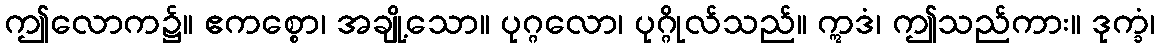
ဤလောက၌။ ဧကစ္စော၊ အချို့သော။ ပုဂ္ဂလော၊ ပုဂ္ဂိုလ်သည်။ ဣဒံ၊ ဤသည်ကား။ ဒုက္ခံ၊